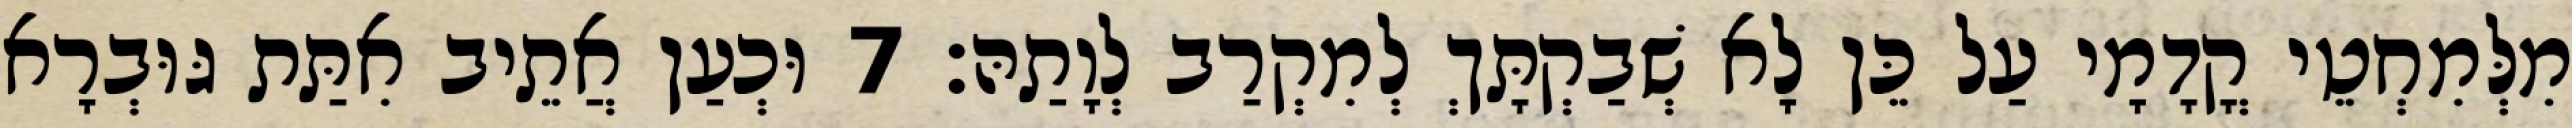
מִלְּמִחְטֵי קֳדָמָי עַל כֵּן לָא שְׁבַקְתָּךְ לְמִקְרַב לְוָתַהּ׃ 7 וּכְעַן אֲתֵיב אִתַּת גּוּבְרָא